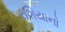
રશિયાનો